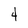
Character: 4